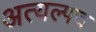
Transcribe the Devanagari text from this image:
अत्यल्पच